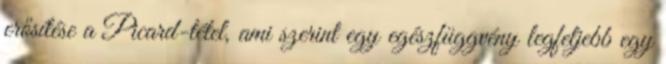
erősítése a Picard-tétel, ami szerint egy egészfüggvény legfeljebb egy